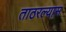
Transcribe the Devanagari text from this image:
ताठरल्यास